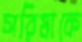
সরিষাকে